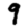
Digit: 9